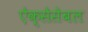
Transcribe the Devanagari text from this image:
ऐक्सेसेबल